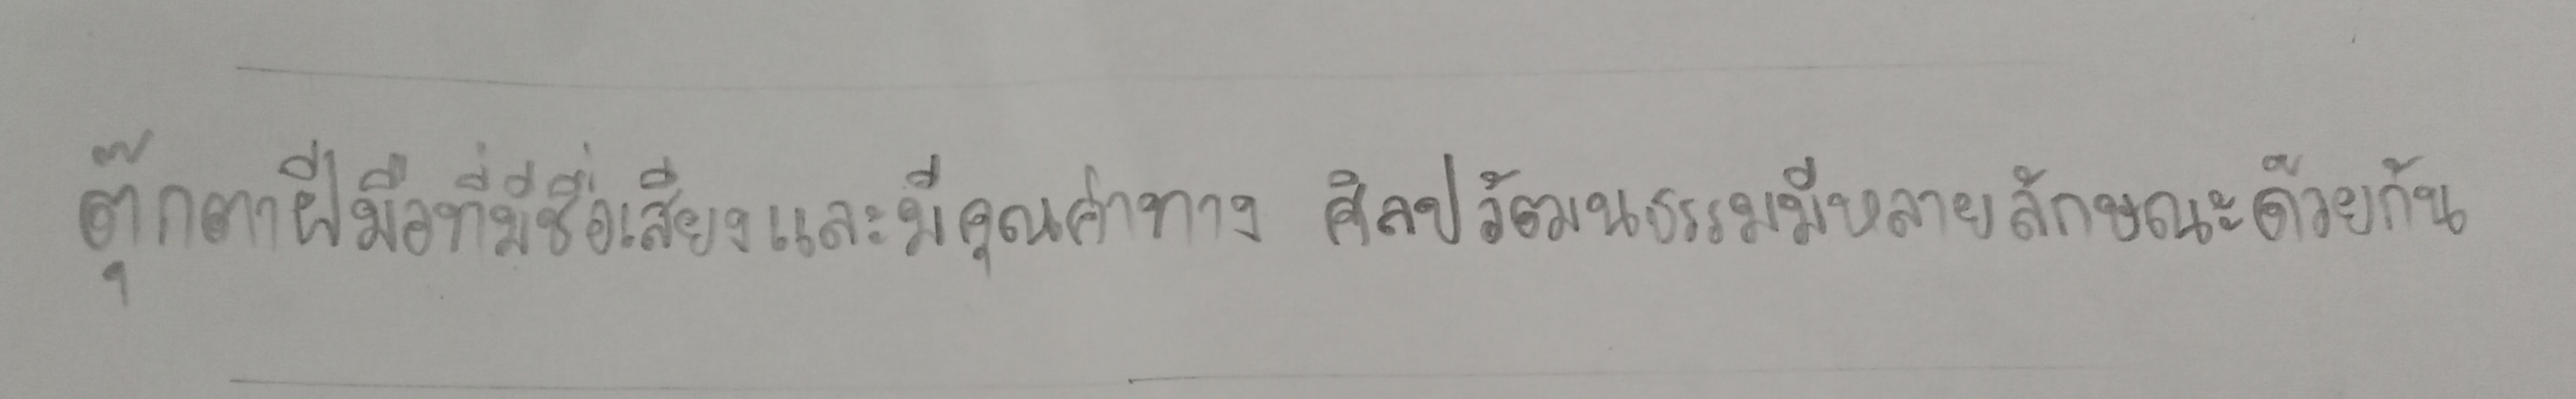
ตุ๊กตาฝีมือที่มีชื่อเสียงและมีคุณค่าทางศิลปวัฒนธรรมมีหลายลักษณะด้วยกัน